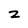
Character: z